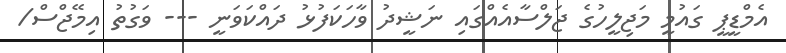
އެމްޑީޕީ ގައުމީ މަޖިލީހުގެ ޖަލްސާއެއްގައި ނަޝީދު ވާހަކަފުޅު ދައްކަވަނީ --- ވަގުތު އިމޭޖްސް/